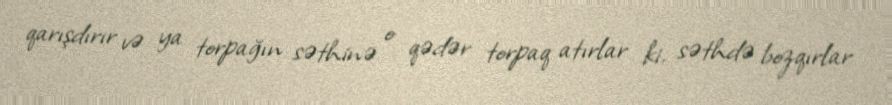
qarışdırır və ya torpağın səthinə o qədər torpaq atırlar ki, səthdə bozqırlar